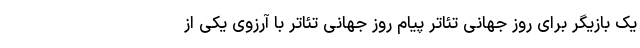
یک بازیگر برای روز جهانی تئاتر پیام روز جهانی تئاتر با آرزوی یکی از